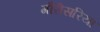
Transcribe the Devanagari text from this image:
गौरीसरिया